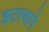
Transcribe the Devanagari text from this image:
झटल्याने